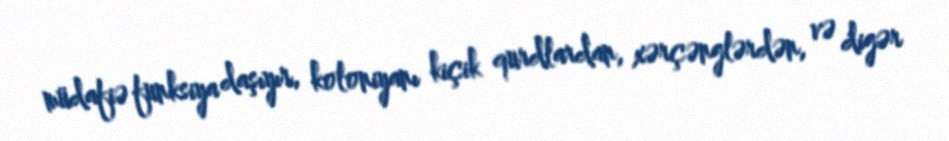
müdafiə funksiya daşıyır, koloniyanı kiçik qurdlardan, xərçənglərdən, və digər